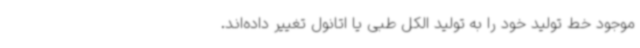
موجود خط تولید خود را به تولید الکل طبی یا اتانول تغییر داده‌اند.